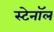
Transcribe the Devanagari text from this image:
स्टेनॉल